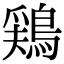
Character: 鶏